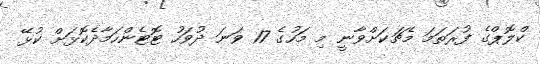
ކްލޮޕްގެ ފުރަތަމަ މެޗަކަށްވާނީ މި މަހުގެ 17 ވަނަ ދުވަހު ޓޮޓެންހަމާދެކޮޅަށް ކުޅޭ